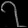
Digit: ၇